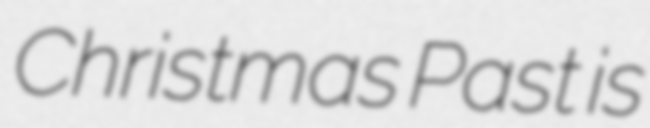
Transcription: Christmas Past is